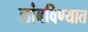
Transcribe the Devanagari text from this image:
लांबविण्यात